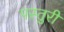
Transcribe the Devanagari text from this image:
पस्तुरी